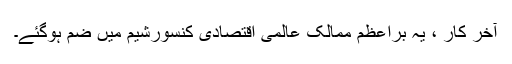
آخر کار ، یہ براعظم ممالک عالمی اقتصادی کنسورشیم میں ضم ہوگئے۔